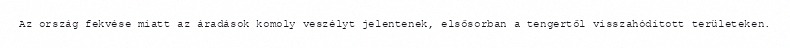
Az ország fekvése miatt az áradások komoly veszélyt jelentenek, elsősorban a tengertől visszahódított területeken.